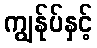
ကျွန်ုပ်နှင့်